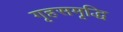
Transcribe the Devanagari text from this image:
गृहसमृद्धि